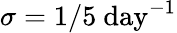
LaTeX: \sigma=1/5~\mathrm{day}^{-1}